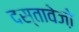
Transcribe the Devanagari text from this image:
दस्तावेजो़